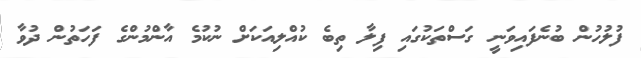
ފުލުހުން ބުނެފައިވަނީ ގަސްތަކުގައި ފިލާ ތިބެ ކުއްލިއަކަށް ނުކުމެ އާންމުންގެ ފަހަތުން ދުވާ